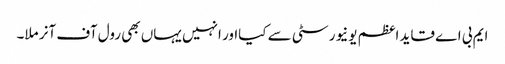
ایم بی اے قاید اعظم یونیورسٹی سے کیااور انہیں یہاں بھی رول آف آنر ملا۔